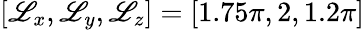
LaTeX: [\mathscr{L}_{x},\mathscr{L}_{y},\mathscr{L}_{z}]=[1.75\pi,2,1.2\pi]